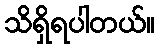
သိရှိရပါတယ်။